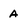
Character: a